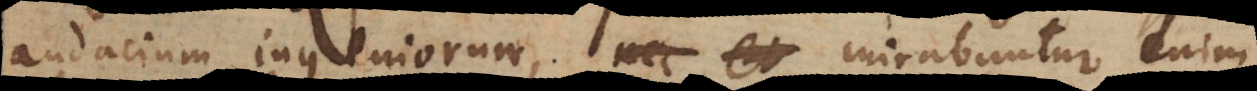
audacium ingeniorum, mirabuntur enim